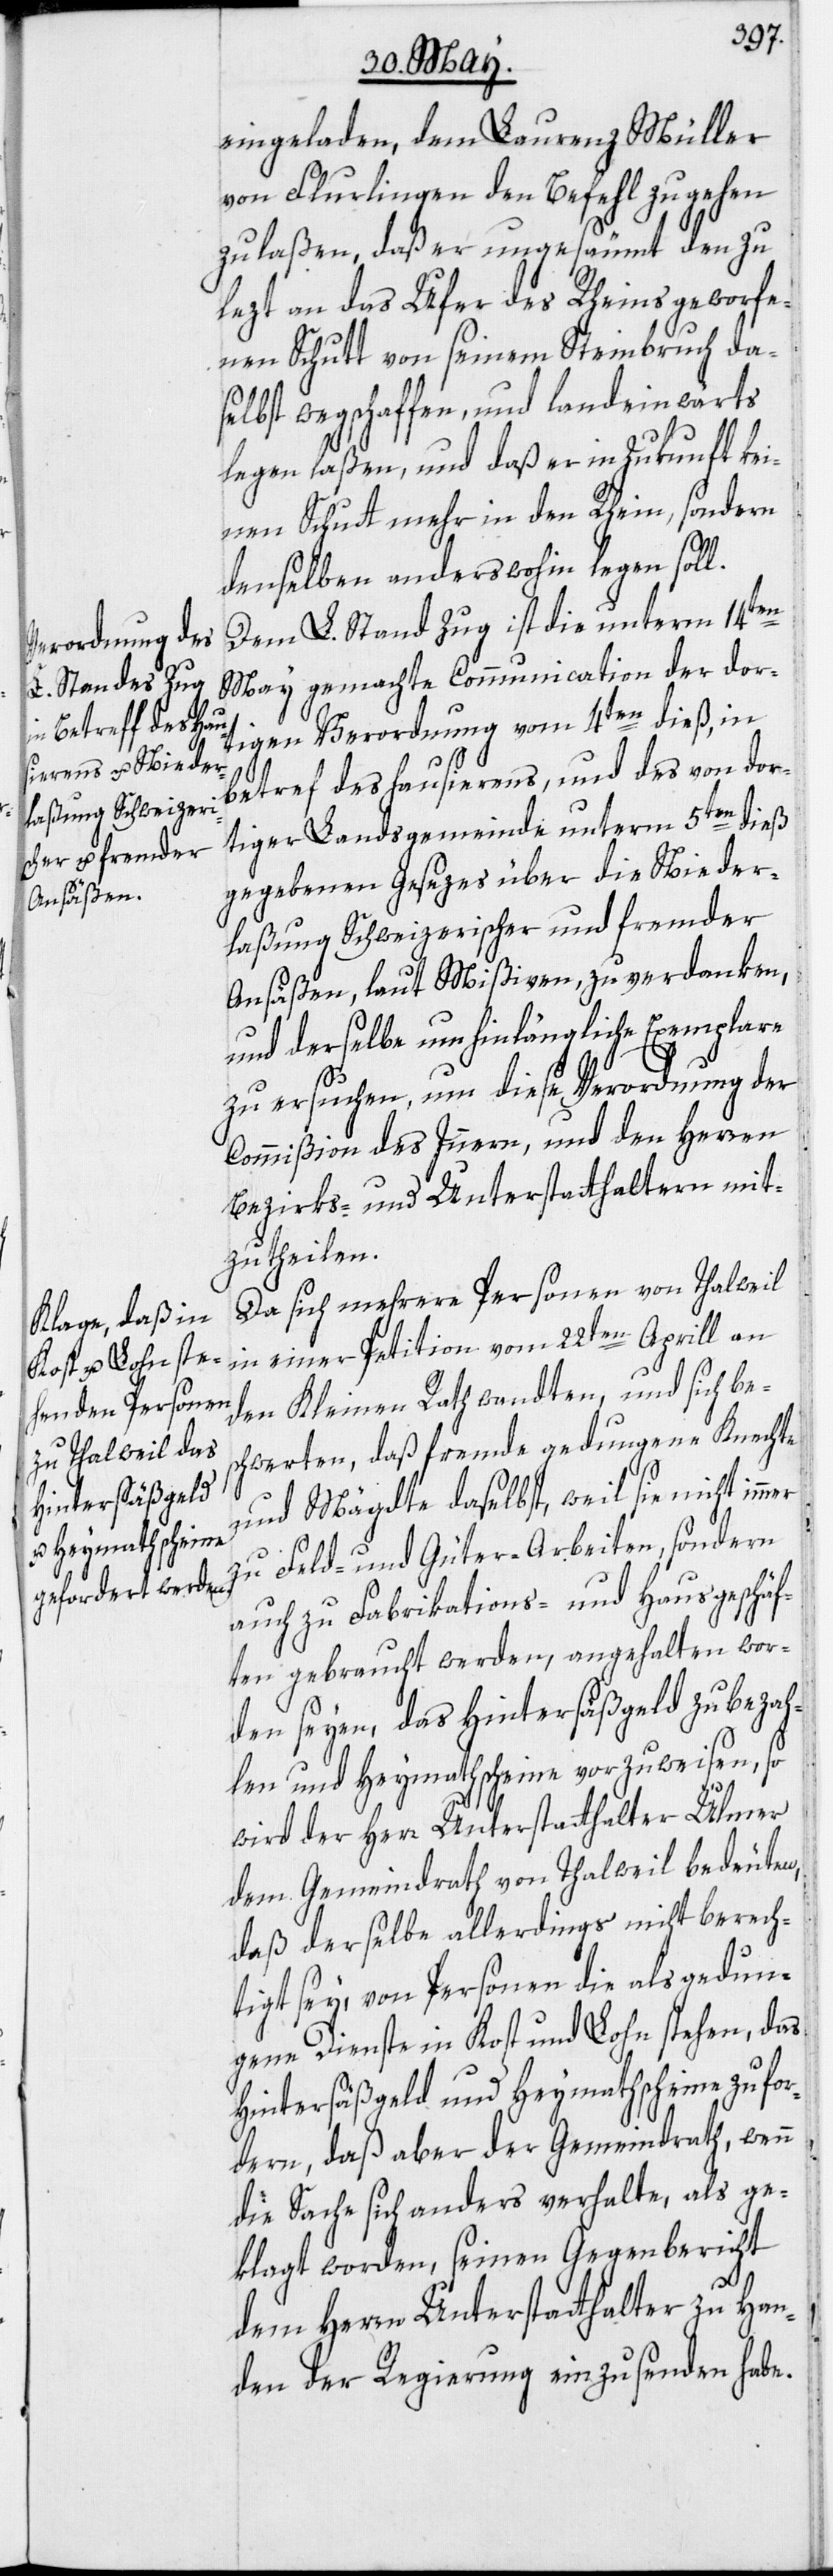
eingeladen, dem Laurenz Müller
von Flurlingen den Befehl zugehen
zu laßen, daß er ungesäumt den zu
lezt an das Ufer des Rheins geworfe¬
nen Schutt von seinem Steinbruch da¬
selbst wegschaffen, und landeinwärts
legen laßen, und daß er in Zukunft kei¬
nen Schutt mehr in den Rhein, sondern
denselben anderswohin legen soll.
Dem L. Stand Zug ist die unterm 14ten
May gemachte Communication der dor¬
tigen Verordnung vom 4ten dieß, in
betref des hausierens, und des von dor¬
tiger Landsgemeinde unterm 5ten dieß
gegebenen Gesezes über die Nieder¬
laßung Schweizerischer und fremder
Ansäßen, laut Mißiven, zu verdanken,
und derselbe um hinlängliche Exemplare
zu ersuchen, um diese Verordnung der
Commißion des Innern, und den Herren
Bezirks- und Unterstatthaltern mit¬
zutheilen.
Da sich mehrere Personen von Thalweil
in einer Petition vom 22ten Aprill an
den Kleinen Rath wandten, und sich bes¬
chwerten, daß fremde gedungene Knechte
und Mägdte daselbst, weil sie nicht immer
zu Feld- und Güter-Arbeiten, sondern
auch zu Fabrikations- und Hausgeschäf¬
ten gebraucht werden, angehalten wor¬
den seyen, das Hintersäßgeld zu bezah¬
len und Heymathscheine vorzuweisen, so
wird der Herr Unterstatthalter Ulmer
dem Gemeindrath von Thalweil bedeuten,
daß derselbe allerdings nicht berech¬
tigt sey, von Personen die als gedun¬
gene Dienste in Kost und Lohn stehen, das
Hintersäßgeld und Heymathscheine zu for¬
dern, daß aber der Gemeindrath, wenn
die Sache sich anders verhalte, als ge¬
klagt worden, seinen Gegenbericht
dem Herrn Unterstatthalter zu Han¬
den der Regierung einzusenden habe.